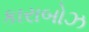
કારાબોઝ